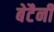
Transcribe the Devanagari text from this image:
बेटैनी